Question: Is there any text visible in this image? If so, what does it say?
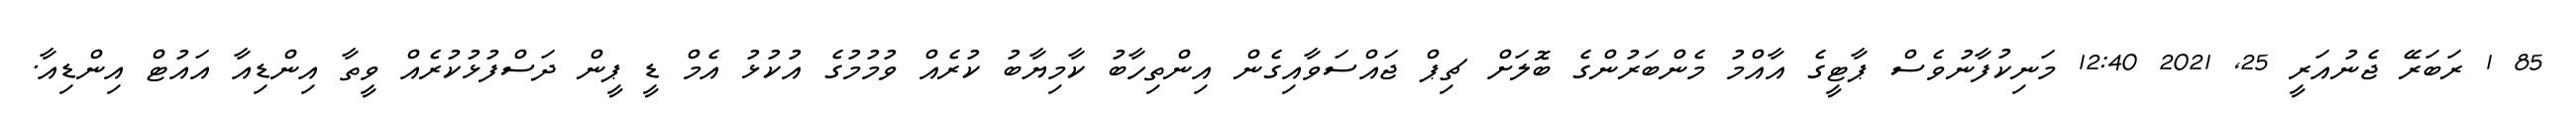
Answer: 85 1 ރަބަރޭ ޖެނުއަރީ 25, 2021 12:40 މަނިކުފާނުވެސް ޕާޓީގެ އާއްމު މެންބަރުންގެ ބޮލަށް ޗިޕް ޖައްސަވާއިގެން އިންތިހާބު ކާމިޔާބު ކުރެއް ވުމުމުގެ އުކުޅު އެމް ޑީ ޕީން ދަސްފުޅުކުރެއް ވީތާ އިންޑިއާ އައުޓް އިންޑިއާ.